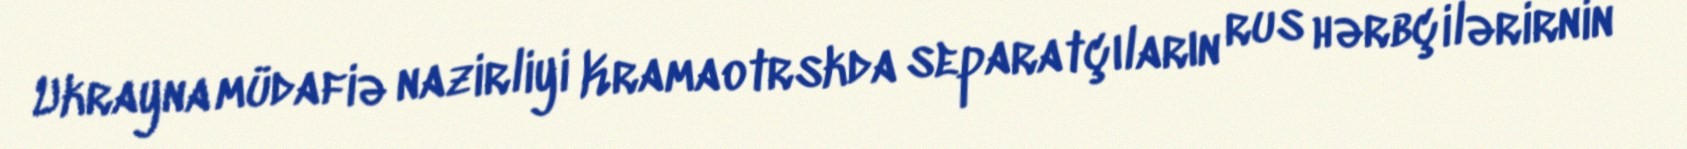
Ukrayna müdafiə nazirliyi Kramaotrskda separatçıların rus hərbçilərirnin